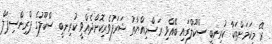
ރޭ މިކަމަށްޓަކާ ކުރިނބީ ސްކޫލްގައި ބޭއްވި ރަސްމިއްޔާތު ޝަރަފުވެރިކޮށްދެއްވީ ކުރިނބީ ސްކޫލުގެ ޕްރިންސިޕަލް